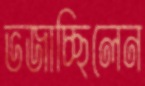
ভজাচ্ছিলেন